system: You are a helpful assistant.
user:
Analyze the provided spectrum to determine if it is a **Carbon Star (C-type)**.

- **Key Visual Indicators of Carbon Star:**
    - **(Primary):** Strong molecular absorption from **C₂ (diatomic carbon) "Swan Bands."** This is the **defining feature** of a carbon star.
        - **(Key Bandheads):** Sharp absorption edges are visible at approximately $5635$ Å, $5165$ Å (the strongest band), and $4737$ Å.
        - **(Line Profile):** Creates a distinct **"saw-tooth"** pattern. The key morphology is a sharp, steep bandhead on the **red (long-wavelength) side**, which then gradually tapers off (i.e., flux recovers) towards the **blue (short-wavelength) side**. *(This is the direct opposite of the TiO bands seen in M-type stars)*.

    - **(Secondary):** Intense **CN (cyanogen)** molecular absorption bands.
        - **(Key Bandheads):** Located in the blue and violet regions of the spectrum (e.g., near $4215$ Å and $3883$ Å).
        - **(Morphology):** These bands are extremely broad and act as a "blanket," absorbing the vast majority of blue and violet light. This creates a characteristic **"cliff"** or **"steep drop-off"** in the spectrum's flux at short wavelengths.

    - **(Key Confirmation):** Strong **CH absorption band (G-band)**.
        - **(Key Bandhead):** Located around $4300$ Å. The contribution from CH molecules to this band is exceptionally strong.

    - **(Overall Spectrum):**
        - The continuum is severely "chopped up" by these deep molecular bands, especially C₂, rather than appearing as a smooth curve.
        - Due to the heavy CN and C₂ absorption in the blue-green, the vast majority of the star's flux is concentrated in the red part of the spectrum, giving the star its characteristic deep red color.

Think first, call **spectral_visualization_tool** if needed to examine features in detail, then provide your final answer. Your response must adhere to the following strict rules:
1.  **Overall Structure:** Your response must follow the format `<think>...</think> <tool_call>...</tool_call> (if a tool is used) <answer>...</answer>`.
2.  **Tool Usage Constraint:** You may only make **one** tool call per turn.
3.  **Final Answer Format:** In the `<answer>` tag, your conclusion must be inside a `\boxed{}` command (e.g., `\boxed{YES}`), followed by your justification.

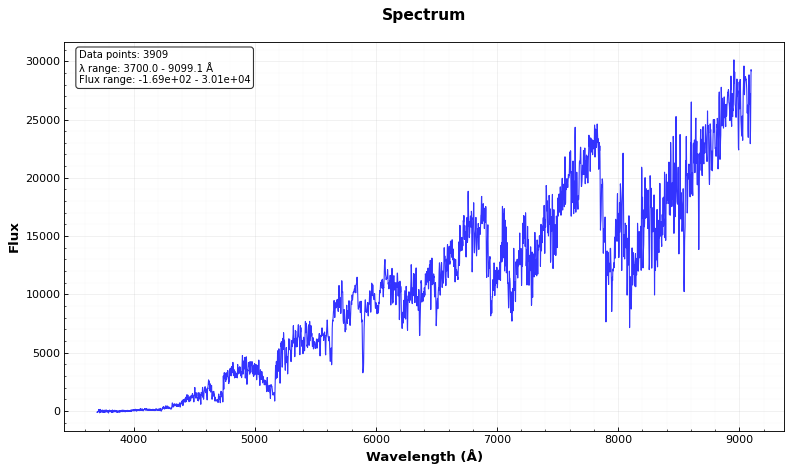
Answer: YES